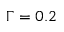
\Gamma = 0 . 2